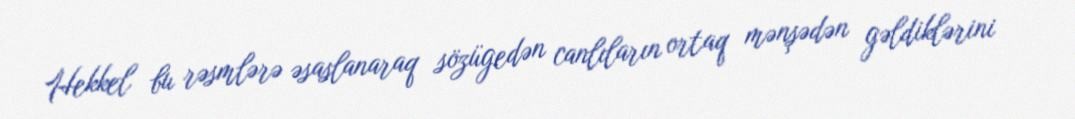
Hekkel bu rəsmlərə əsaslanaraq sözügedən canlıların ortaq mənşədən gəldiklərini